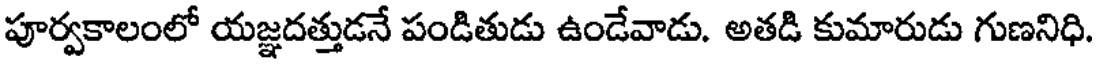
పూర్వకాలంలో యజ్ఞదత్తుడనే పండితుడు ఉండేవాడు. అతడి కుమారుడు గుణనిధి